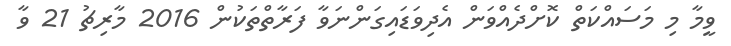
ވީމާ މި މަސައްކަތް ކޮށްދެއްވަން އެދިވަޑައިގަންނަވާ ފަރާތްތަކުން 2016 މާރިޗު 21 ވާ